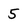
Character: 5